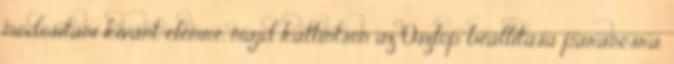
módosítani kívánt elemre, majd kattintson az Oszlop beállítása parancsra.